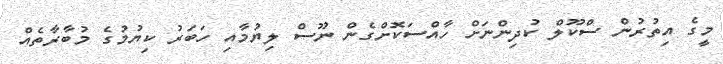
މީގެ އިތުރުން ސްކޫލް ކުދިންނަށް ހާއްސަކޮށްގެން ނޫސް ލިޔުމާއި ހަބަރު ކިޔުމުގެ މުބާރާތެއް